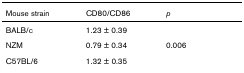
<table><thead><tr><td><b>Mouse strain</b></td><td><b>CD80/CD86</b></td><td><b><i>p</i></b></td></tr></thead><tbody><tr><td>BALB/c</td><td>1.23 ± 0.39</td><td></td></tr><tr><td>NZM</td><td>0.79 ± 0.34</td><td>0.006</td></tr><tr><td>C57BL/6</td><td>1.32 ± 0.35</td><td></td></tr></tbody></table>